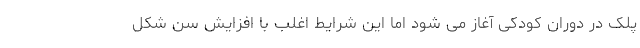
پلک در دوران کودکی آغاز می شود اما این شرایط اغلب با افزایش سن شکل